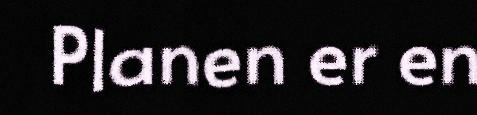
Planen er en